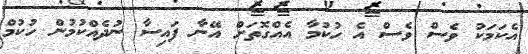
އެކަމަކު ވެސް ވެސް އެ ހުކުމާ އެއްގޮތަށް އޭނާ ފައިސާ ނުދެއްކުމުން ހުކުމް